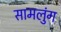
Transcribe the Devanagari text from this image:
सामलुंग